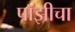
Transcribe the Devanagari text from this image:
पॉझीचा